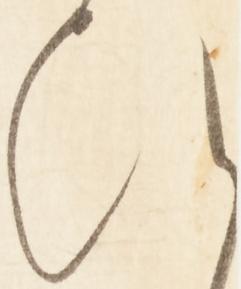
ひ